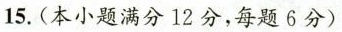
15. (本小题满分12分，每题6分)